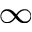
_ { \infty }